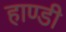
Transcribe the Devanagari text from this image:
हाण्डी